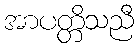
အာပတ္တိသညီ